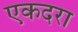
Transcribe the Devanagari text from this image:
एकदरा